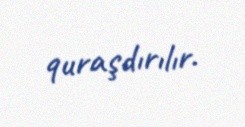
quraşdırılır.